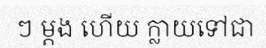
ៗ ម្តង ហើយ ក្លាយទៅជា